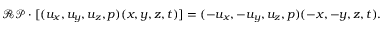
\mathcal { R P } \cdot [ ( u _ { x } , u _ { y } , u _ { z } , p ) ( x , y , z , t ) ] = ( - u _ { x } , - u _ { y } , u _ { z } , p ) ( - x , - y , z , t ) .